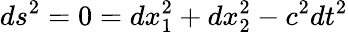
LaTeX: ds^{2}=0=dx_{1}^{2}+dx_{2}^{2}-c^{2}dt^{2}